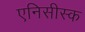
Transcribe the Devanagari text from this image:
एनिसीस्क